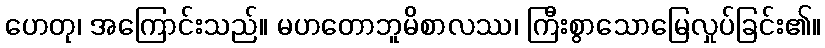
ဟေတု၊ အကြောင်းသည်။ မဟတောဘူမိစာလဿ၊ ကြီးစွာသောမြေလှုပ်ခြင်း၏။